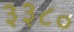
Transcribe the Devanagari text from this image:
३३८०